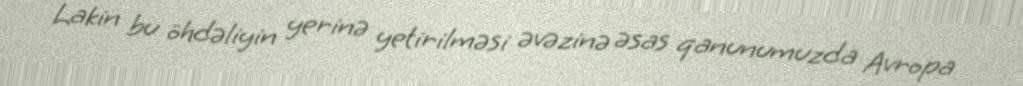
Lakin bu öhdəliyin yerinə yetirilməsi əvəzinə əsas qanunumuzda Avropa